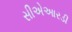
સીએઆરડી